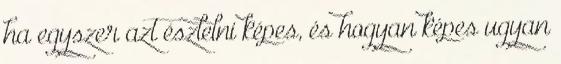
ha egyszer azt észlelni képes, és hogyan képes ugyan